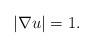
LaTeX: \begin{align*}|\nabla u|=1 .\end{align*}